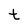
Character: t